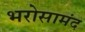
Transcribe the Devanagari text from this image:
भरोसामंद